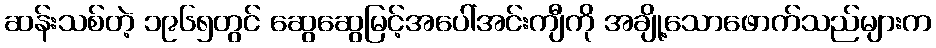
ဆန်းသစ်တဲ့ ၁၉၆၅တွင် ဆွေဆွေမြင့်အပေါ်အင်းကျီကို အချို့သောဖောက်သည်များက